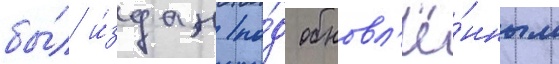
бы́л и́здан по́д обновл'ё́нным